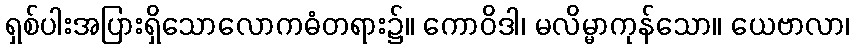
ရှစ်ပါးအပြားရှိသောလောကဓံတရား၌။ ကောဝိဒါ၊ မလိမ္မာကုန်သော။ ယေဗာလာ၊